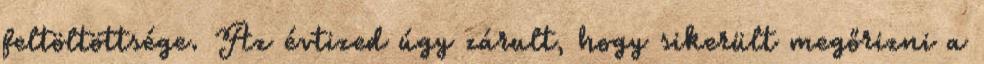
feltöltöttsége. Az évtized úgy zárult, hogy sikerült megőrizni a